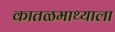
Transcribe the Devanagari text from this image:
कातळमाथ्याला